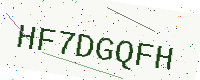
Text: HF7DGQFH